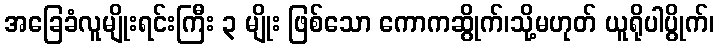
အခြေခံလူမျိုးရင်းကြီး ၃ မျိုး ဖြစ်သော ကောကဆွိုက်၊သို့မဟုတ် ယူရိုပါပွိုက်၊